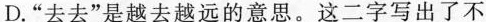
D.”去去”是越去越远的意思。这二字写出了不